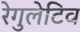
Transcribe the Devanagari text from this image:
रेगुलेटिव